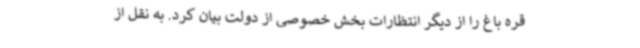
قره باغ را از دیگر انتظارات بخش خصوصی از دولت بیان کرد. به نقل از